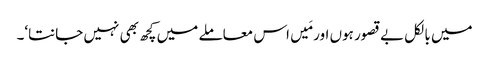
میں بالکل بے قصور ہوں اور مَیں اس معاملے میں کچھ بھی نہیں جانتا‘۔